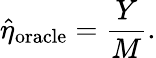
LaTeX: \widehat{\eta}_{\mathrm{oracle}}=\frac{Y}{M}.